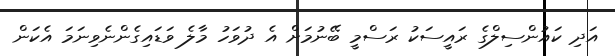
އަދި ކައުންސިލްގެ ރައީސަކު ރަސްމީ ބޭނުމަށް އެ ދުވަހު މާލެ ވަޑައިގެންނެވިނަމަ އެކަން